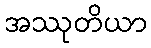
အဿုတိယာ